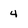
Character: 4